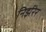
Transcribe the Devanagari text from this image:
निर्झरेर